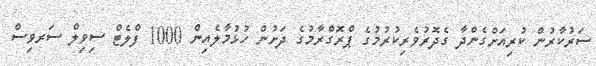
ސަރުކާރުން ކުރިއަށްގެންދާ ގެދޮރުވެރިކުރުމުގެ ޕްރޮގްރާމުގެ ދަށުން ހުޅުމާލެއިން 1000 ފްލެޓް ސިވިލް ސަރވިސް